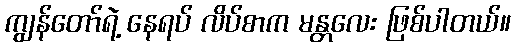
ကျွန်တော်ရဲ့ နေရပ် လိပ်စာက မန္တလေး ဖြစ်ပါတယ်။